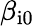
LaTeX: \beta_{\mathrm{i0}}